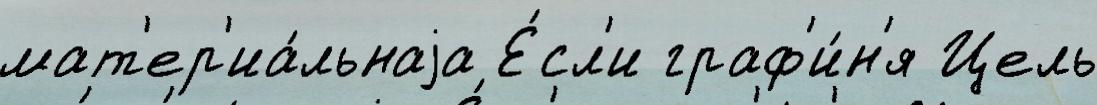
мат'ер'иа́льнаjа Е́сл'и граф'и́н'я Цель